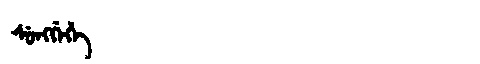
Manchu: ᠰᡠᠩᡤᡝᡥᡝ
Romanization: SUNGGEHE